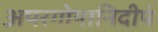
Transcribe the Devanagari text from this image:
अपरगोयानिदीपं